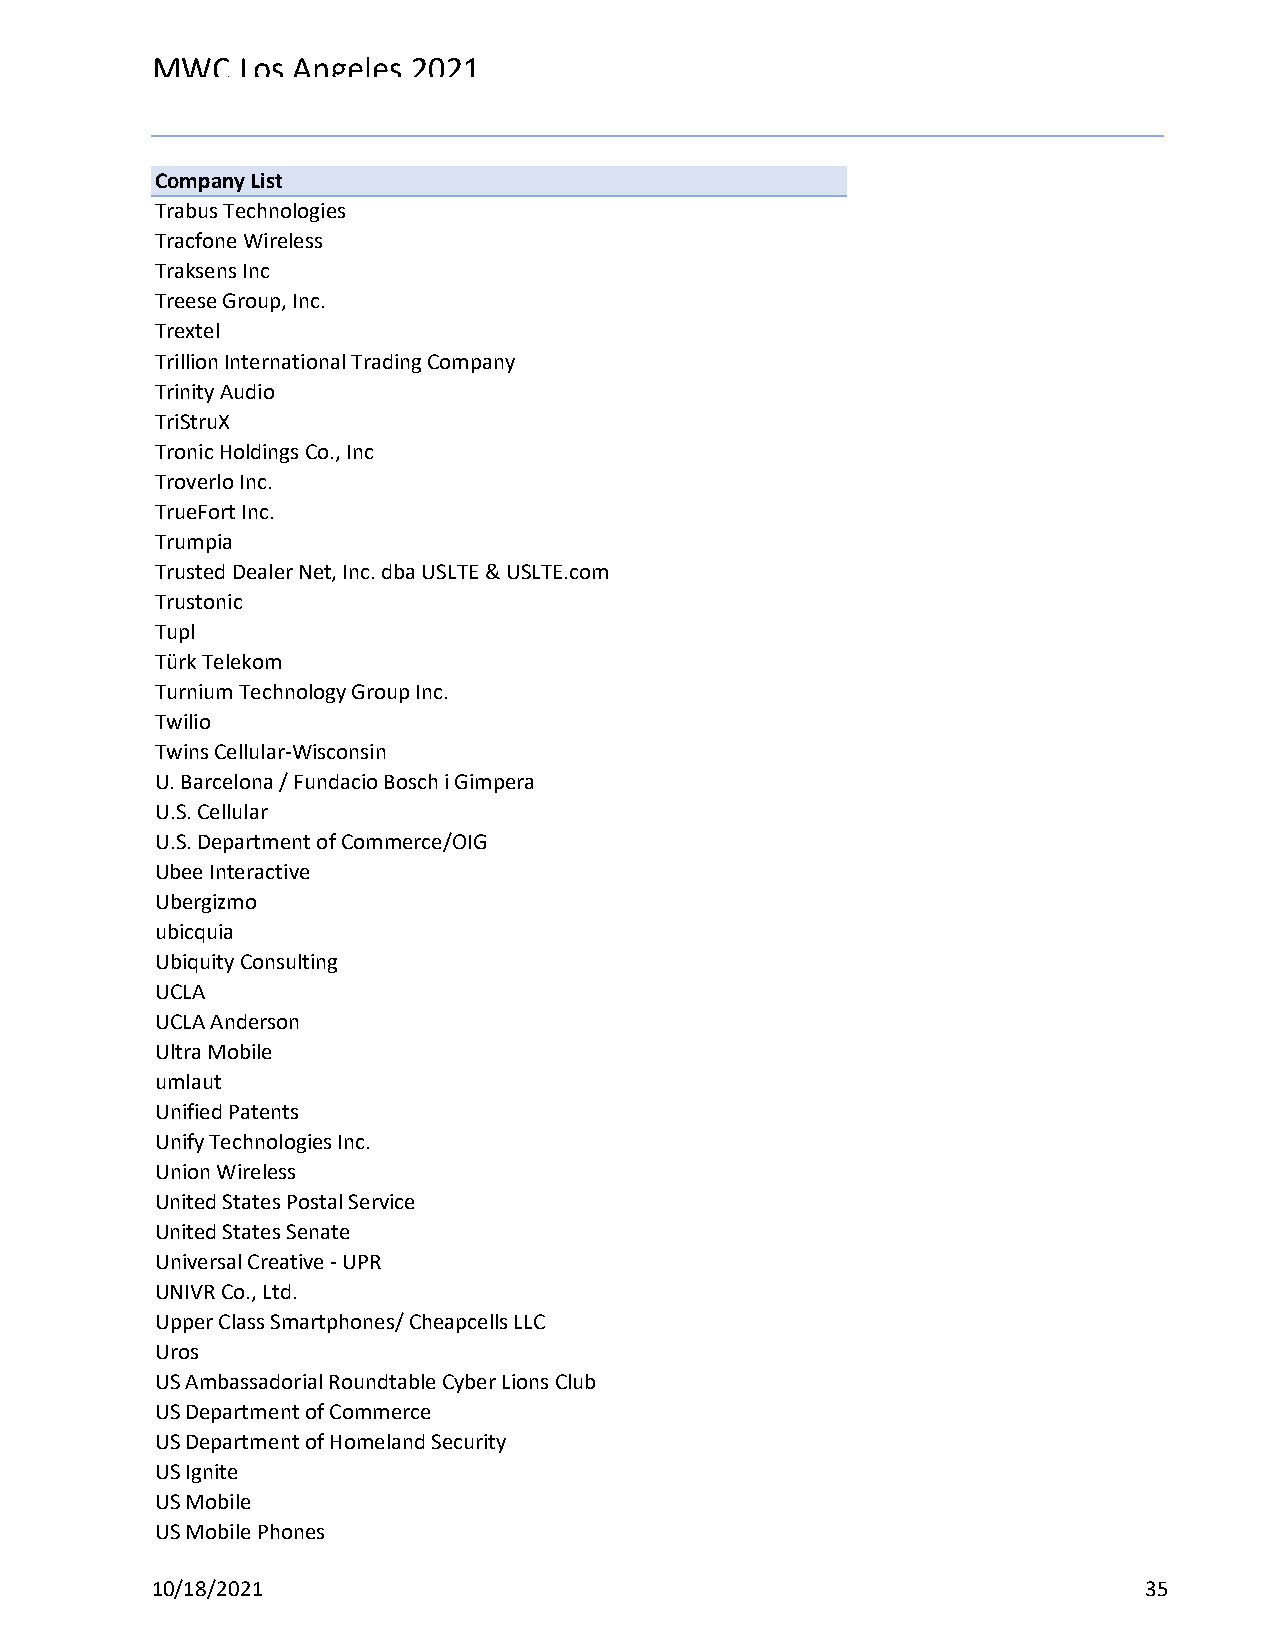
MWC   Los Angeles 2021
 Reg Status                                    Registration Complete
 Code Description                              (Multiple Items)
 Company List
 Trabus Technologies
 Tracfone Wireless
 Traksens Inc
 Treese Group, Inc.
 Trextel
 Trillion International Trading Company
 Trinity Audio
 TriStruX
 Tronic Holdings Co., Inc
 Troverlo Inc.
 TrueFort Inc.
 Trumpia
 Trusted Dealer Net, Inc. dba USLTE & USLTE.com
 Trustonic
 Tupl
 Türk Telekom
 Turnium Technology Group Inc.
 Twilio
 Twins Cellular-Wisconsin
 U. Barcelona / Fundacio Bosch i Gimpera
 U.S. Cellular
 U.S. Department of Commerce/OIG
 Ubee Interactive
 Ubergizmo
 ubicquia
 Ubiquity Consulting
 UCLA
 UCLA Anderson
 Ultra Mobile
 umlaut
 Unified Patents
 Unify Technologies Inc.
 Union Wireless
 United States Postal Service
 United States Senate
 Universal Creative - UPR
 UNIVR Co., Ltd.
 Upper Class Smartphones/ Cheapcells LLC
 Uros
 US Ambassadorial Roundtable Cyber Lions Club
 US Department of Commerce
 US Department of Homeland Security
 US Ignite
 US Mobile
 US Mobile Phones
 10/18/2021                                                        35